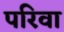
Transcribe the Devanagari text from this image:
परिवा